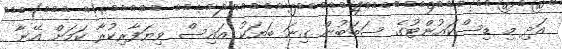
އަދި މި ޑިސްކައުންޓުގެ ސަބަބުން ގިނަ ބަޔަކު އައިސް ވިޔަފާރިކުރާ ކަމަށް އޭނާ